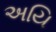
અયિ